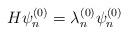
LaTeX: \begin{align*} H \psi^{(0)}_{n} = \lambda^{(0)}_{n}\psi^{(0)}_{n}\end{align*}